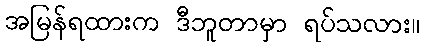
အမြန်ရထားက ဒီဘူတာမှာ ရပ်သလား။